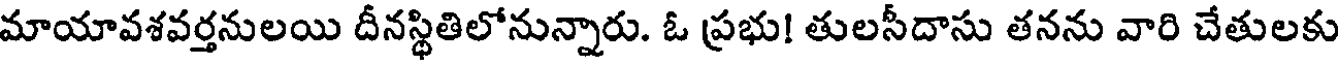
మాయావశవర్తనులయి దీనస్థితిలోనున్నారు. ఓ ప్రభు! తులసీదాసు తనను వారి చేతులకు